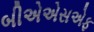
બીએએસએફ